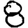
Digit: 8